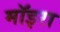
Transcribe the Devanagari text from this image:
मॉइरा